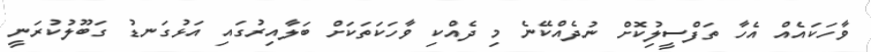
ވާހަކައެއް އެހާ ތަފްސީލުިކޮށް ނުދެއްކޭނެ މި ދެއްކި ވާހަކަތަކަށް ބަލާއިރުގައި އަޅުގަނޑު ގަބޫލުކުރަނީ